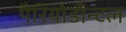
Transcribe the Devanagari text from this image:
पैरियोडाँन्टल